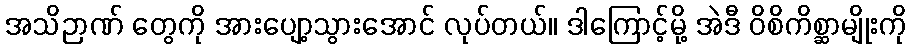
အသိဉာဏ် တွေကို အားပျော့သွားအောင် လုပ်တယ်။ ဒါကြောင့်မို့ အဲဒီ ဝိစိကိစ္ဆာမျိုးကို